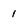
Character: 1